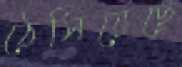
ঠেসিয়েছে